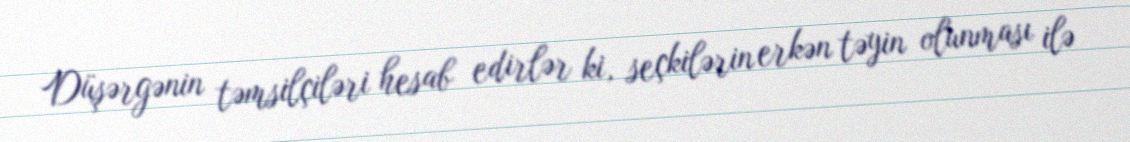
Düşərgənin təmsilçiləri hesab edirlər ki, seçkilərin erkən təyin olunması ilə